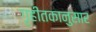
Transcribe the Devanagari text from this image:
गृहीतकानुसार